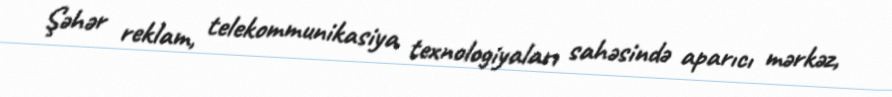
Şəhər reklam, telekommunikasiya texnologiyaları sahəsində aparıcı mərkəz,